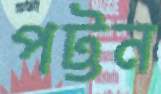
পট্টন